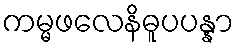
ကမ္မဖလေနိဓူပပန္နာ